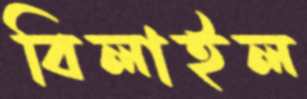
বিলাইল